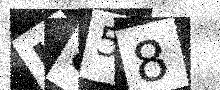
Text: L858